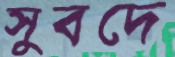
সুবদে